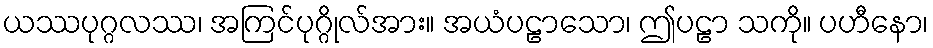
ယဿပုဂ္ဂလဿ၊ အကြင်ပုဂ္ဂိုလ်အား။ အယံပဠာသော၊ ဤပဠာ သကို။ ပဟီနော၊